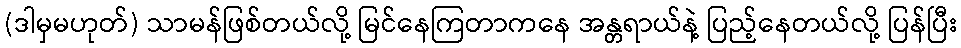
(ဒါမှမဟုတ်) သာမန်ဖြစ်တယ်လို့ မြင်နေကြတာကနေ အန္တရာယ်နဲ့ ပြည့်နေတယ်လို့ ပြန်ပြီး